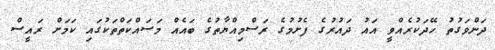
ދަންވަގުތު ހޭދަކުރެއްވީ އައު ދައުރުގެ ފެށުމުގެ ރަސްމިއްޔާތުގެ ބައެއް މަސައްކަތްތަކުގައި ކަމަށް ރައީސް